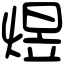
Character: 煜